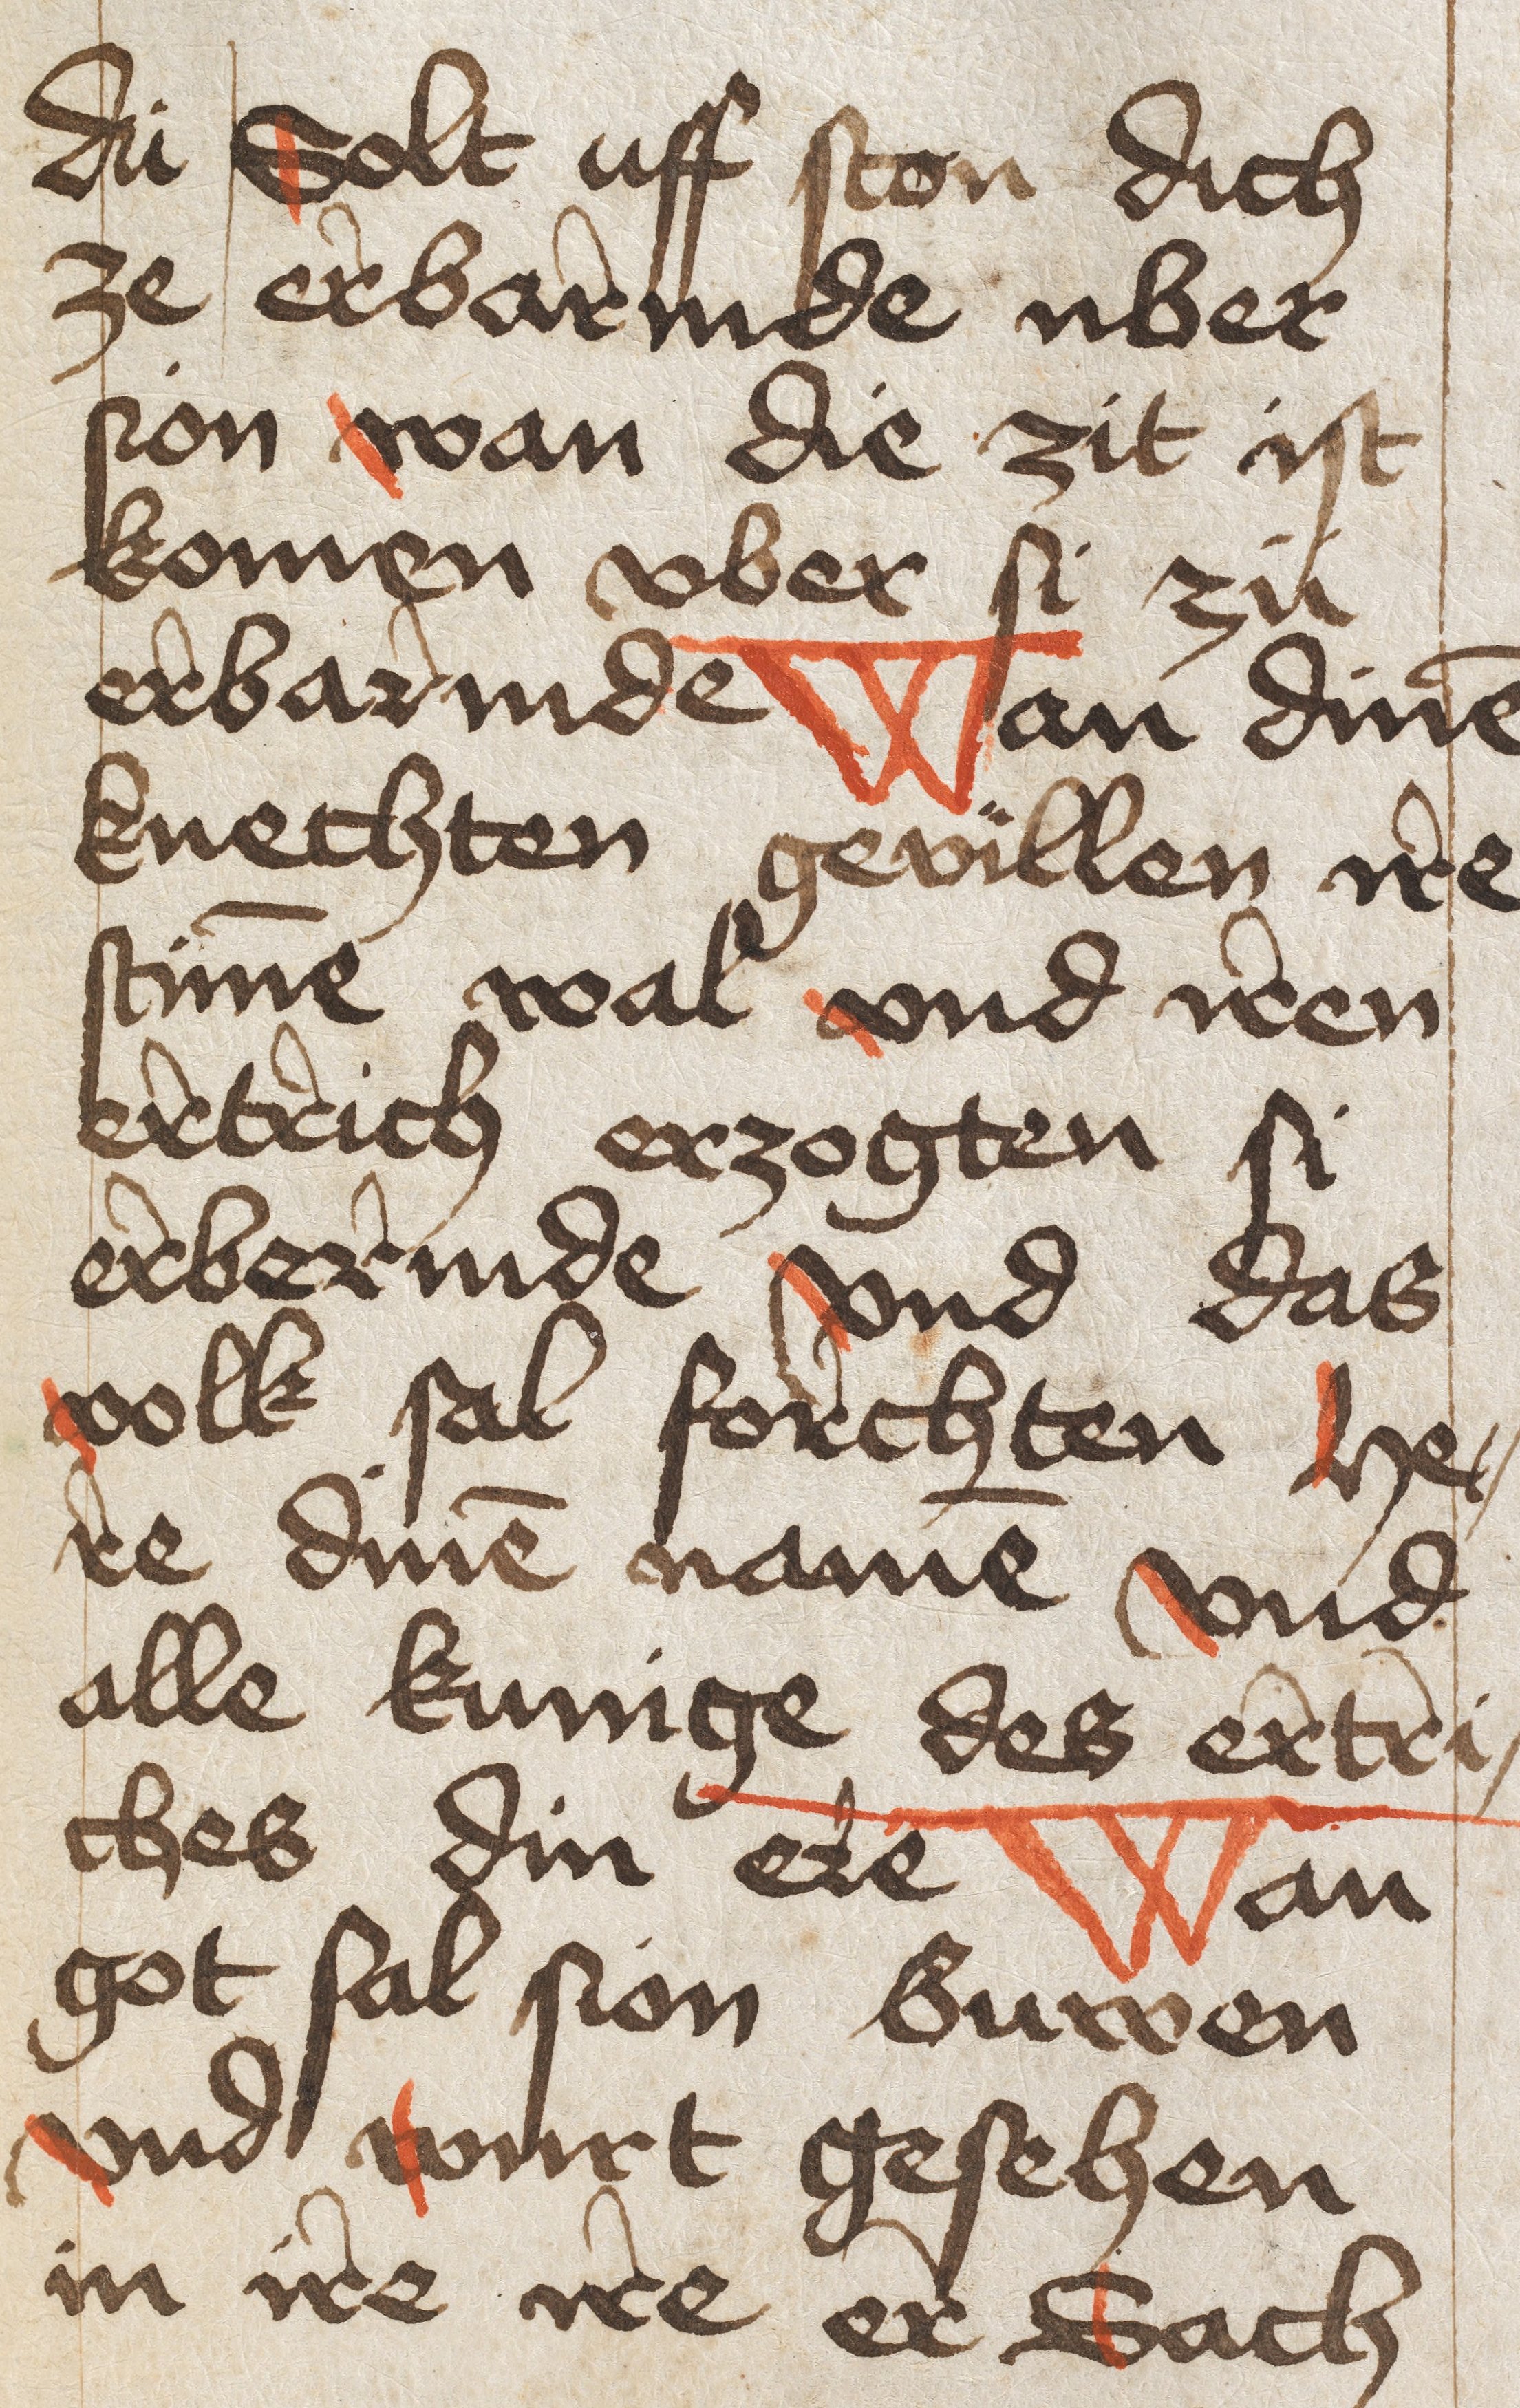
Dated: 1450–1499